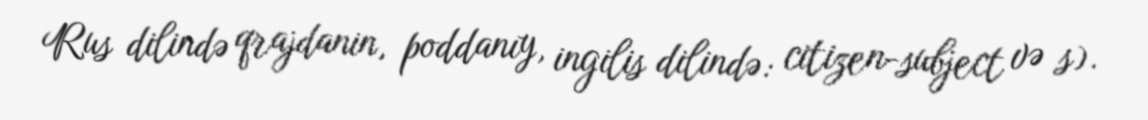
Rus dilində qrajdanin, poddanıy, ingilis dilində: citizen-subject və s).